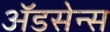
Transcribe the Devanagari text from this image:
ॲडसेन्स